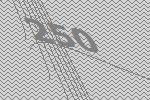
250